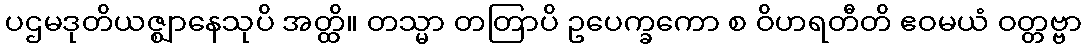
ပဌမဒုတိယဇ္ဈာနေသုပိ အတ္ထိ။ တသ္မာ တတြာပိ ဥပေက္ခကော စ ဝိဟရတီတိ ဧဝမယံ ဝတ္တဗ္ဗာ